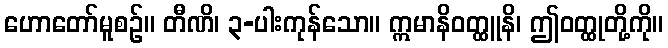
ဟောတော်မူစဉ်။ တီဏိ၊ ၃-ပါးကုန်သော။ ဣမာနိဝတ္ထူနိ၊ ဤဝတ္ထုတို့ကို။